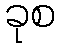
ခုစ